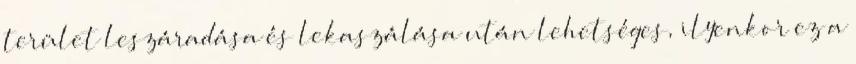
terület leszáradása és lekaszálása után lehetséges, ilyenkor ez a